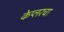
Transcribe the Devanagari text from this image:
केप्लरचा